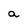
Character: a